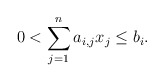
\begin{align*}0 < \sum_{j=1}^n a_{i,j} x_j \leq b_i.\end{align*}